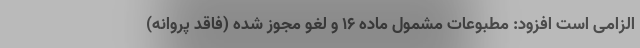
الزامی است افزود: مطبوعات مشمول ماده ۱۶ و لغو مجوز شده (فاقد پروانه)